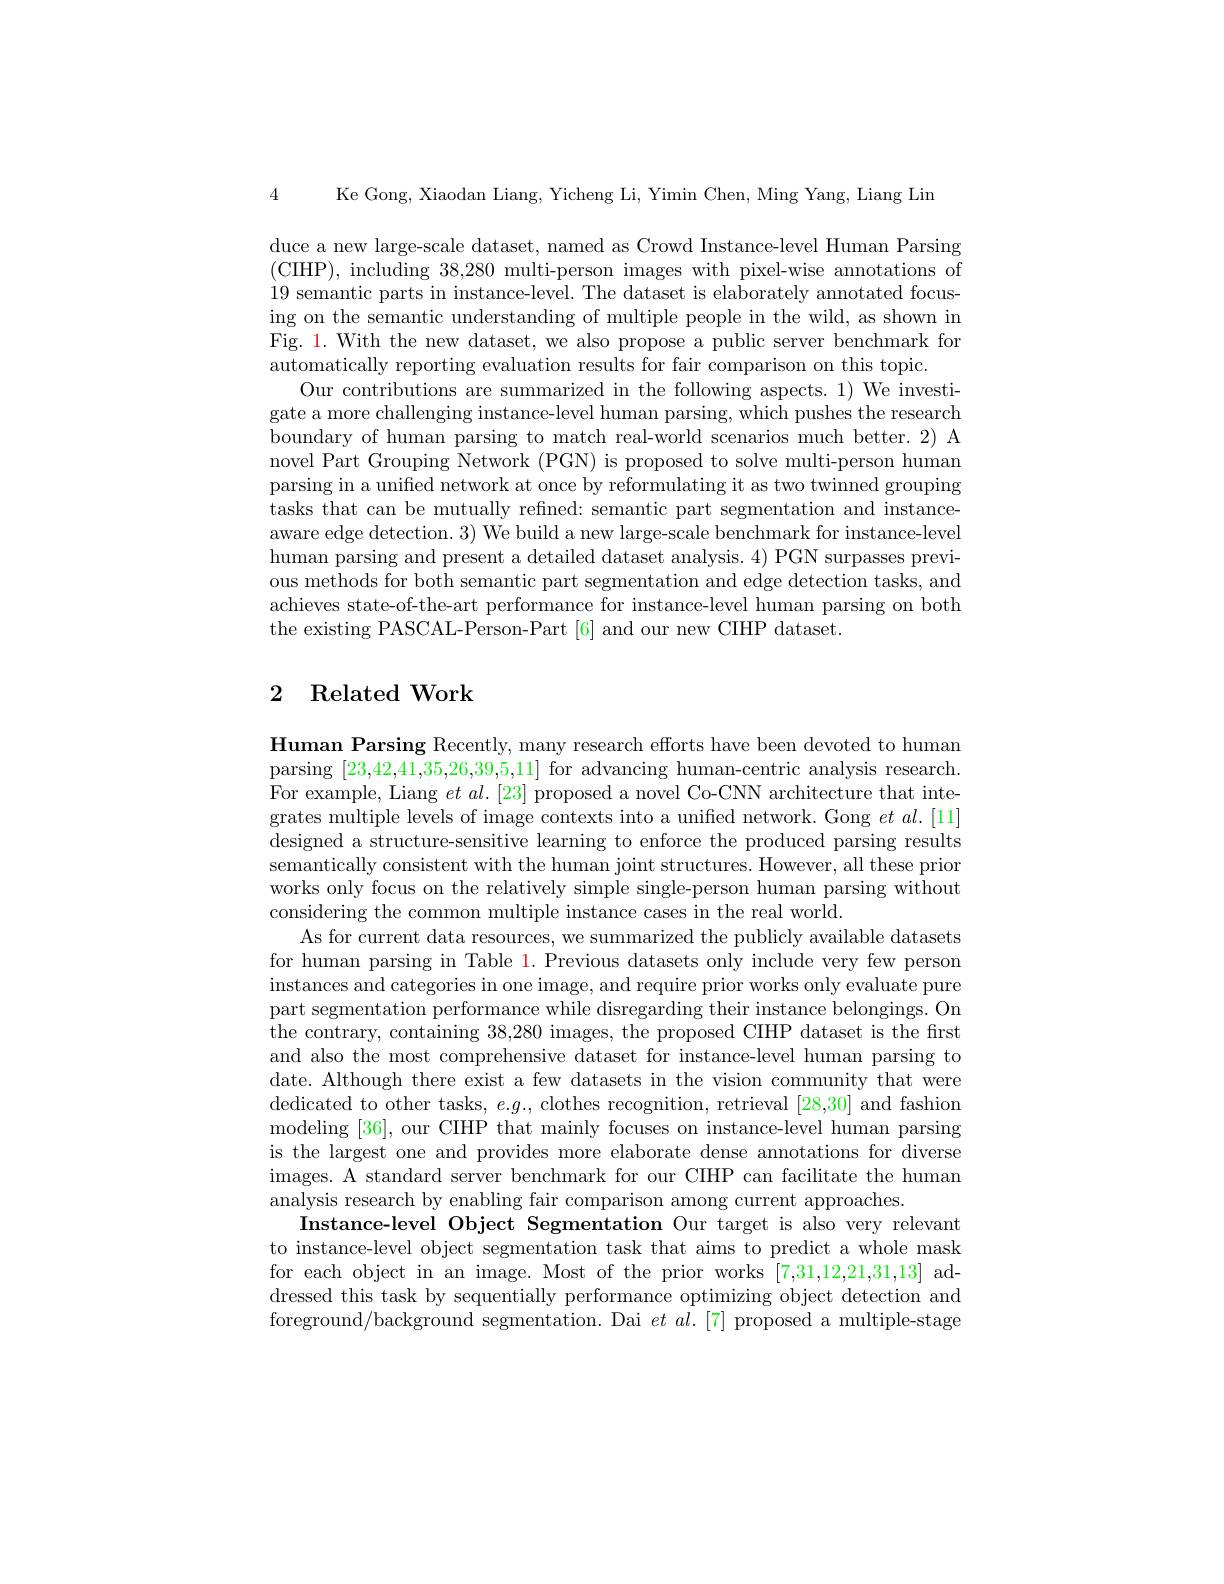
4

Ke Gong, Xiaodan Liang, Yicheng Li, Yimin Chen, Ming Yang, Liang Lin

duce a new large-scale dataset, named as Crowd Instance-level Human Parsing (CIHP),including 38,280 multi-person images with pixel-wise annotations of 19 semantic parts in instance-level. The dataset is elaborately annotated focusing on the semantic understanding of multiple people in the wild, as shown in Fig. 1. With the new dataset, we also propose a public server benchmark for automatically reporting evaluation results for fair comparison on this topic.
Our contributions are summarized in the following aspects. 1) We investigate a more challenging instance-level human parsing, which pushes the research boundary of human parsing to match real-world scenarios much better. 2) A novel Part Grouping Network (PGN) is proposed to solve multi-person human parsing in a unified network at once by reformulating it as two twinned grouping tasks that can be mutually refined: semantic part segmentation and instanceaware edge detection. 3) We build a new large-scale benchmark for instance-level human parsing and present a detailed dataset analysis. 4) PGN surpasses previous methods for both semantic part segmentation and edge detection tasks, and achieves state-of-the-art performance for instance-level human parsing on both the existing PASCAL-Person-Part [6] and our new CIHP dataset.

## 2 Related Work

Human Parsing Recently, many research efforts have been devoted to human parsing [23,42,41,35,26,39,5,11] for advancing human-centric analysis research. For example, Liang $et\textit{al. [ 23] proposed a novel Co- CNN architecture that inte- }$ grates multiple levels of image contexts into a unified network. Gong $et\textit{al. [ 11] }$ designed a structure-sensitive learning to enforce the produced parsing results semantically consistent with the human joint structures. However, all these prior works only focus on the relatively simple single-person human parsing without considering the common multiple instance cases in the real world.
As for current data resources, we summarized the publicly available datasets for human parsing in Table 1. Previous datasets only include very few person instances and categories in one image, and require prior works only evaluate pure part segmentation performance while disregarding their instance belongings. On the contrary, containing 38,280 images, the proposed CIHP dataset is the first and also the most comprehensive dataset for instance-level human parsing to date. Although there exist a few datasets in the vision community that were dedicated to other tasks, $e.g.$, clothes recognition, retrieval [28,30] and fashion modeling [36], our CIHP that mainly focuses on instance-level human parsing is the largest one and provides more elaborate dense annotations for diverse images. A standard server benchmark for our CIHP can facilitate the human analysis research by enabling fair comparison among current approaches.
Instance-level Object Segmentation Our target is also very relevant to instance-level object segmentation task that aims to predict a whole mask for each object in an image. Most of the prior works [7,31,12,21,31,13] addressed this task by sequentially performance optimizing object detection and foreground/background segmentation. Dai $et\textit{al. [ 7] proposed a multiple- stage}$